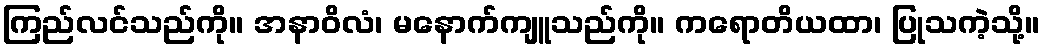
ကြည်လင်သည်ကို။ အနာဝိလံ၊ မနောက်ကျူသည်ကို။ ကရောတိယထာ၊ ပြုသကဲ့သို့။